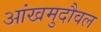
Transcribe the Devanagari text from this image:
आंखमुदौवल